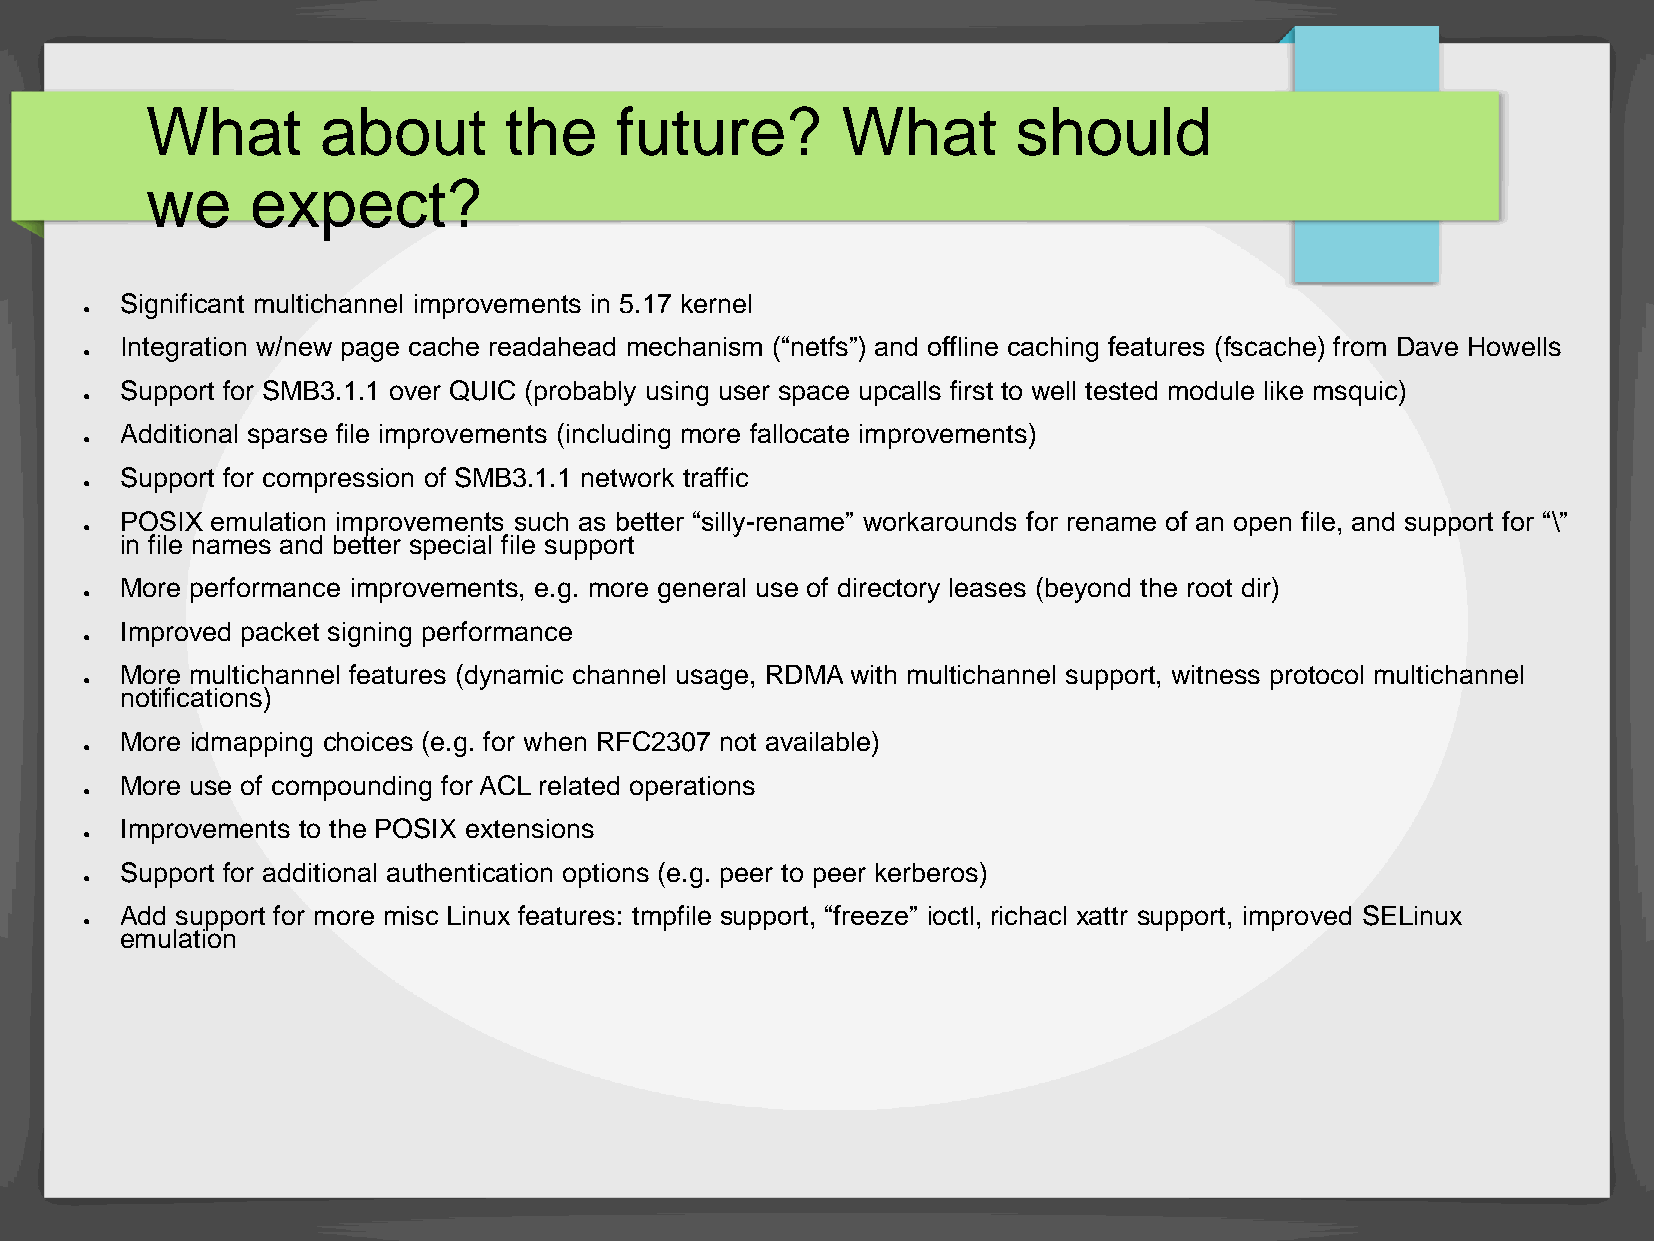
What       about       the     future?        What       should
 we     expect?
 Significant multichannel improvements in 5.17 kernel
 ●
 Integration w/new page cache readahead mechanism (“netfs”) and offline caching features (fscache) from Dave Howells
 ●
 Support for SMB3.1.1 over QUIC (probably using user space upcalls first to well tested module like msquic)
 ●
 Additional sparse file improvements (including more fallocate improvements)
 ●
 Support for compression of SMB3.1.1 network traffic
 ●
 POSIX emulation improvements such as better “silly-rename” workarounds for rename of an open file, and support for “\”
 ●
 in file names and better special file support
 More performance improvements, e.g. more general use of directory leases (beyond the root dir)
 ●
 Improved packet signing performance
 ●
 More multichannel features (dynamic channel usage, RDMA with multichannel support, witness protocol multichannel
 ●
 notifications)
 More idmapping choices (e.g. for when RFC2307 not available)
 ●
 More use of compounding for ACL related operations
 ●
 Improvements to the POSIX extensions
 ●
 Support for additional authentication options (e.g. peer to peer kerberos)
 ●
 Add support for more misc Linux features: tmpfile support, “freeze” ioctl, richacl xattr support, improved SELinux
 ●
 emulation